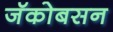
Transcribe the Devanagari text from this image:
जॅकोबसन